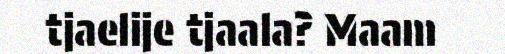
tjaelije tjaala? Maam